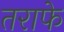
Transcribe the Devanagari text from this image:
तराफे